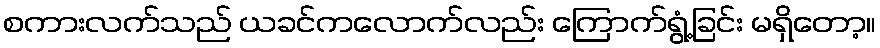
စကားလက်သည် ယခင်ကလောက်လည်း ကြောက်ရွံ့ခြင်း မရှိတော့။